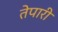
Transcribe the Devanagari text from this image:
तेपारी